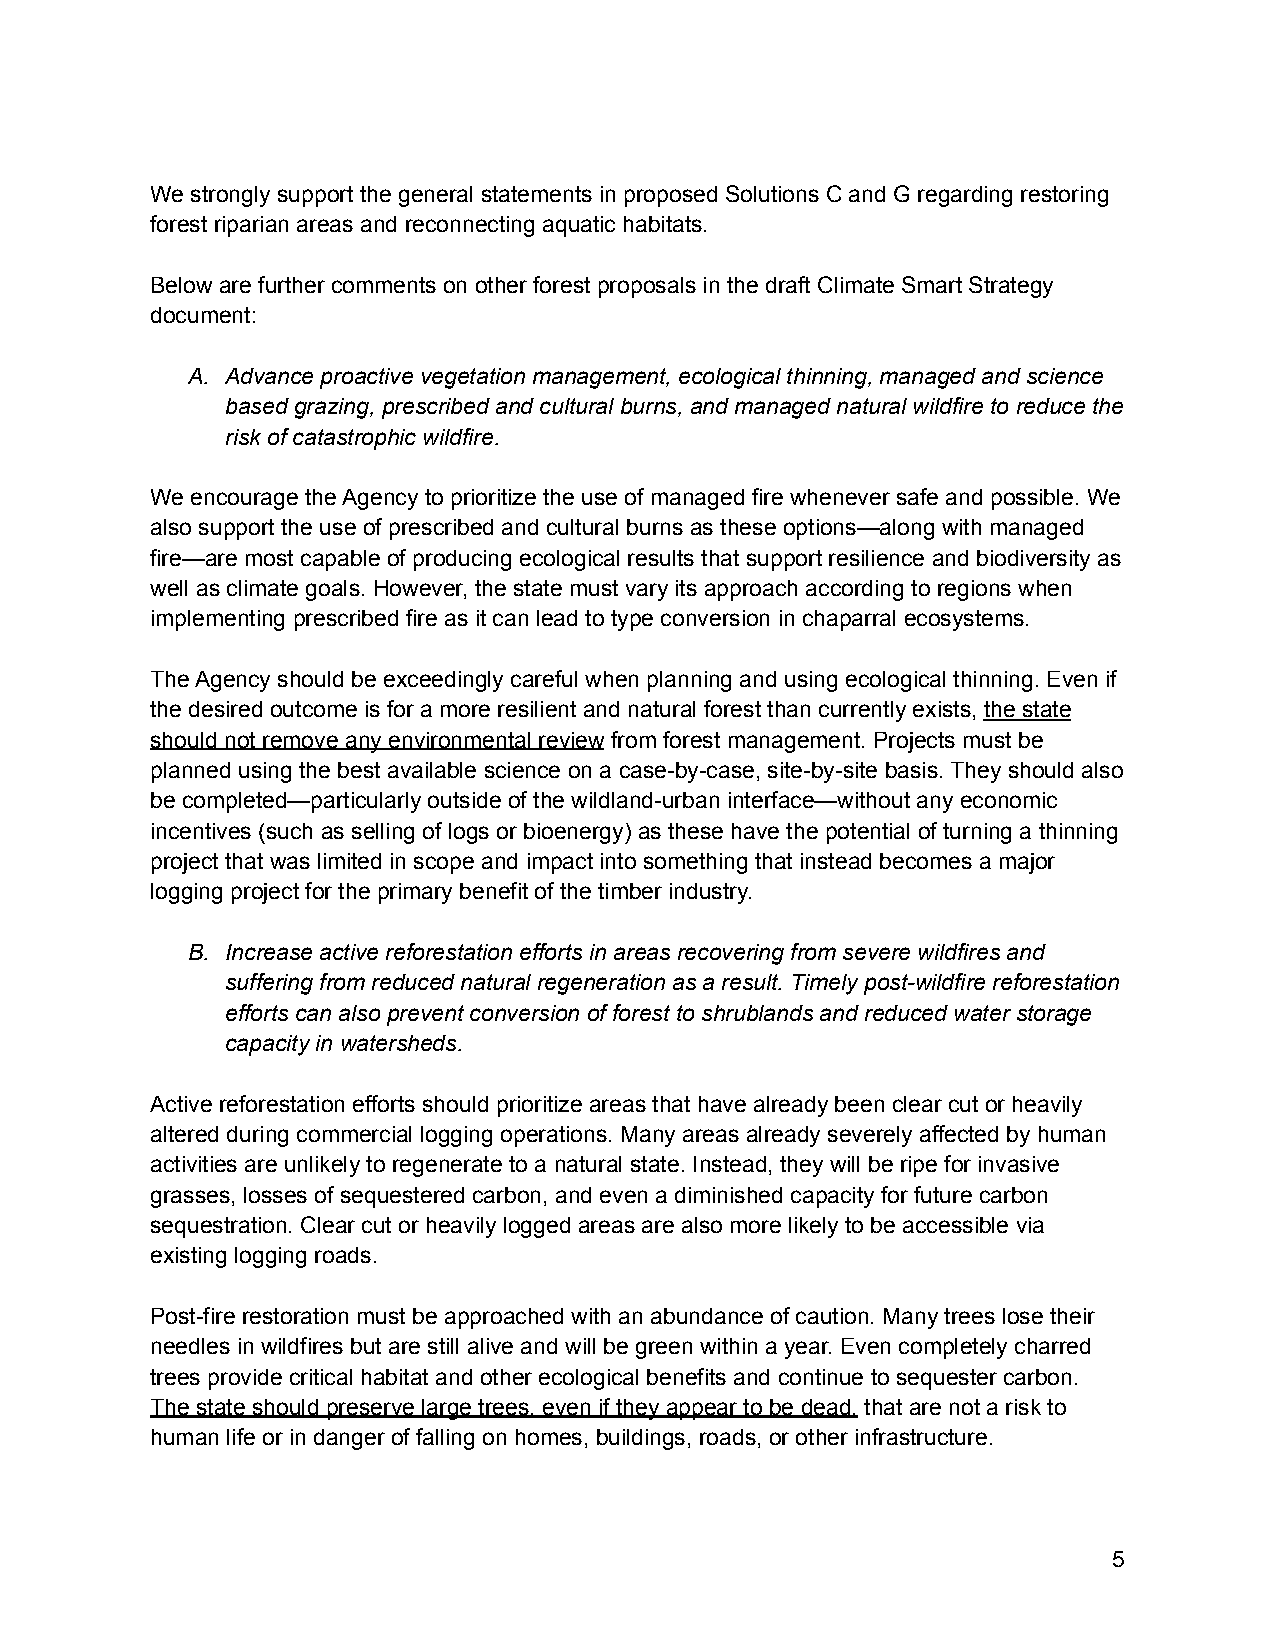
We strongly support the general statements in proposed Solutions C and G regarding restoring
 forest riparian areas and reconnecting aquatic habitats.
 Below are further comments on other forest proposals in the draft Climate Smart Strategy
 document:
 A. Advance proactive vegetation management, ecological thinning, managed and science
 based grazing, prescribed and cultural burns, and managed natural wildfire to reduce the
 risk of catastrophic wildfire.
 We encourage the Agency to prioritize the use of managed fire whenever safe and possible. We
 also support the use of prescribed and cultural burns as these options—along with managed
 fire—are most capable of producing ecological results that support resilience and biodiversity as
 well as climate goals. However, the state must vary its approach according to regions when
 implementing prescribed fire as it can lead to type conversion in chaparral ecosystems.
 The Agency should be exceedingly careful when planning and using ecological thinning. Even if
 the desired outcome is for a more resilient and natural forest than currently exists, the state
 should not remove any environmental review from forest management. Projects must be
 planned using the best available science on a case-by-case, site-by-site basis. They should also
 be completed—particularly outside of the wildland-urban interface—without any economic
 incentives (such as selling of logs or bioenergy) as these have the potential of turning a thinning
 project that was limited in scope and impact into something that instead becomes a major
 logging project for the primary benefit of the timber industry.
 B. Increase active reforestation efforts in areas recovering from severe wildfires and
 suffering from reduced natural regeneration as a result. Timely post-wildfire reforestation
 efforts can also prevent conversion of forest to shrublands and reduced water storage
 capacity in watersheds.
 Active reforestation efforts should prioritize areas that have already been clear cut or heavily
 altered during commercial logging operations. Many areas already severely affected by human
 activities are unlikely to regenerate to a natural state. Instead, they will be ripe for invasive
 grasses, losses of sequestered carbon, and even a diminished capacity for future carbon
 sequestration. Clear cut or heavily logged areas are also more likely to be accessible via
 existing logging roads.
 Post-fire restoration must be approached with an abundance of caution. Many trees lose their
 needles in wildfires but are still alive and will be green within a year. Even completely charred
 trees provide critical habitat and other ecological benefits and continue to sequester carbon.
 The state should preserve large trees, even if they appear to be dead, that are not a risk to
 human life or in danger of falling on homes, buildings, roads, or other infrastructure.
 5